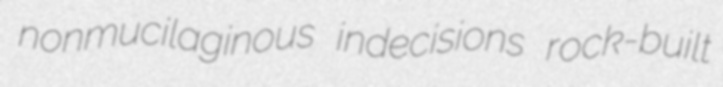
nonmucilaginous indecisions rock-built